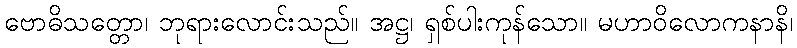
ဗောဓိသတ္တော၊ ဘုရားလောင်းသည်။ အဋ္ဌ၊ ရှစ်ပါးကုန်သော။ မဟာဝိလောကနာနိ၊